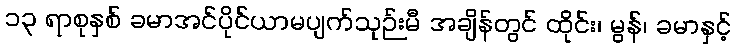
၁၃ ရာစုနှစ် ခမာအင်ပိုင်ယာမပျက်သုဉ်းမီ အချိန်တွင် ထိုင်း၊ မွန်၊ ခမာနှင့်